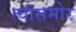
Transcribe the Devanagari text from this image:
त्यांसमोर